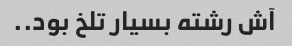
آش رشته بسیار تلخ بود..